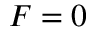
F = 0